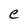
Character: e